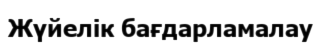
Жүйелік бағдарламалау